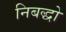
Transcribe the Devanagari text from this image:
निबद्धो